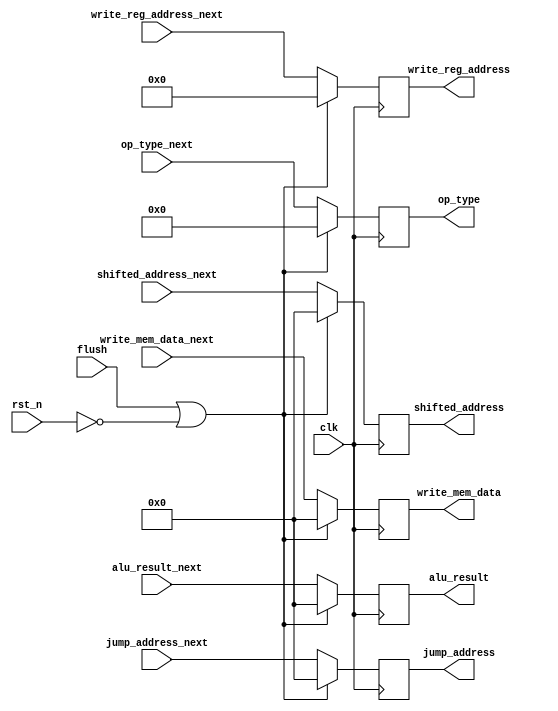
module EX2MEM_reg (
    input clk,
    input rst_n,
    input flush,
    input [3:0] op_type_next,
    input [31:0] shifted_address_next,
    input [31:0] alu_result_next,
    input [31:0] write_mem_data_next,
    input [4:0] write_reg_address_next,
    input [31:0] jump_address_next,

    output reg [3:0] op_type,
    output reg [31:0] shifted_address,
    output reg [31:0] alu_result,
    output reg [31:0] write_mem_data,                          
    output reg [4:0] write_reg_address,
    output reg [31:0] jump_address
);

    always @(posedge clk) begin
        if (flush|(!rst_n)) begin
            op_type <= 0;
            shifted_address <= 0;
            alu_result <= 0;
            write_mem_data <= 0;
            write_reg_address <= 0;
            jump_address <= 0;
        end
        else begin
            op_type <= op_type_next;
            shifted_address <= shifted_address_next;
            alu_result <= alu_result_next;
            write_mem_data <= write_mem_data_next;
            write_reg_address <= write_reg_address_next;
            jump_address <= jump_address_next;
        end
    end
    
endmodule